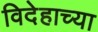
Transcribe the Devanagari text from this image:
विदेहाच्या